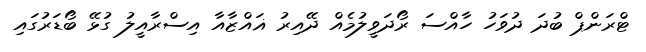
ޓްރަންޕް ބުދަ ދުވަހު ހާއްސަ ރޯދަވީލުމެއް ދޭއިރު ޣައްޒާއާ އިސްރާއީލު ގުޅޭ ބޯޑަރުގައި